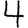
Digit: 4